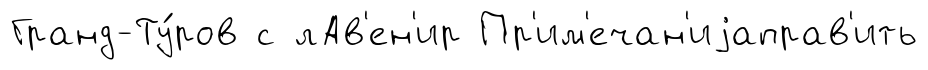
Гранд-Ту́ров с лАв'ен'ир Пр'им'ечан'иjаправ'ить